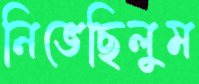
নিভেছিলুম